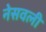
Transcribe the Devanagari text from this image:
नेसवली